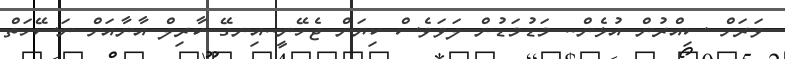
ވަރަށް ސިއްރުން އުޅެން.. މަޑުމަޑުން ލަވަވެސް ކިޔަން ޖެހޭނީ..އިނގޭ ކާރިލް އާނާއަށް ނަސޭހަތް